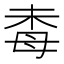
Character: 𱥛